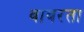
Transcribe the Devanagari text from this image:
वावरता